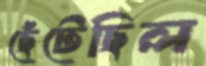
ছেঁটেছিল